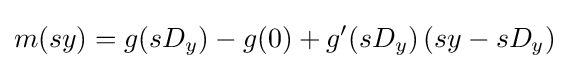
m(sy)=g(sD_{y})-g(0)+g'(sD_{y})\left(sy-sD_{y}\right)